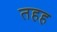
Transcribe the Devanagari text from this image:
तहह